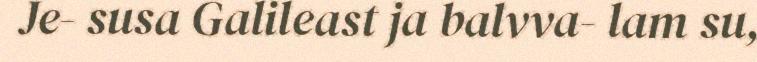
Je- susa Galileast ja balvva- lam su,